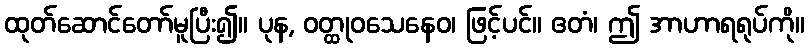
ထုတ်ဆောင်တော်မူပြီး၍။ ပုန, ဝတ္ထုဝသေနေဝ၊ ဖြင့်ပင်။ ဧတံ၊ ဤ အာဟာရရုပ်ကို။